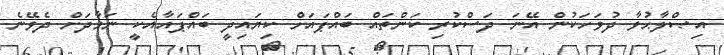
އިޞްލާޙުވާ ދުވަހަކުން އޭނަ ދަސްކުރި ކަންތައް ބައްޕައަށް ކިޔައިދީ ބައްޕައާއެކީ ނަމާދަށް ދެވޭނެ